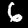
Digit: 6